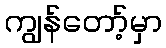
ကျွန်တော့်မှာ